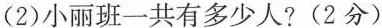
(2)小丽班一共有多少人?(2分)